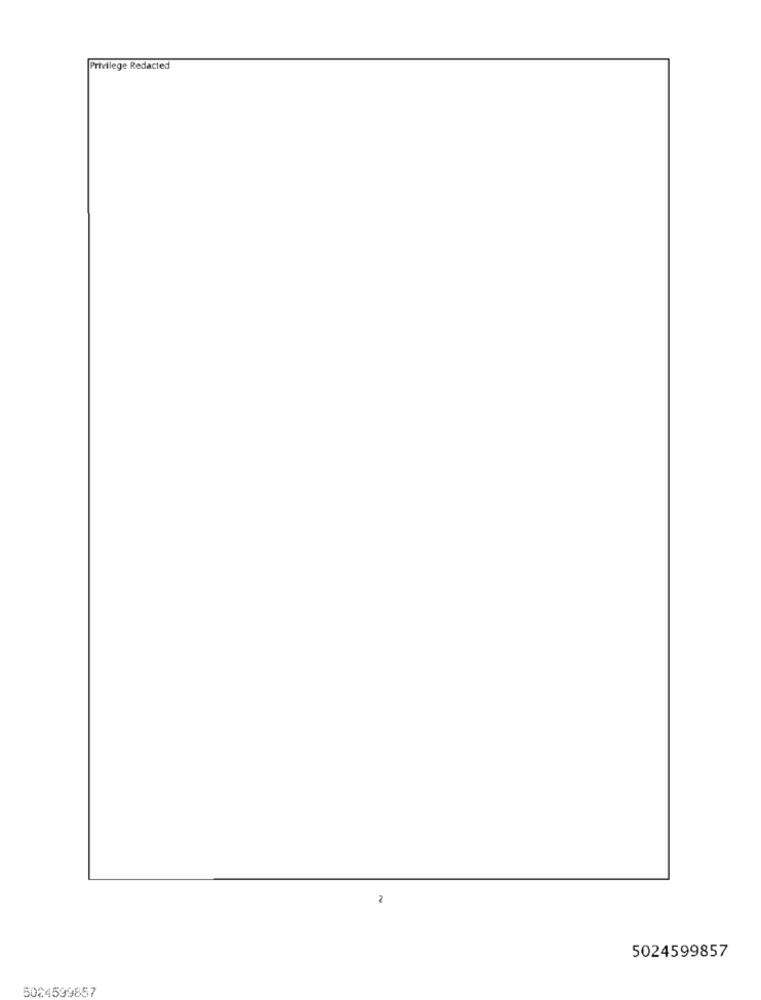
Privilege Redacted
2
5024599857
5024599857